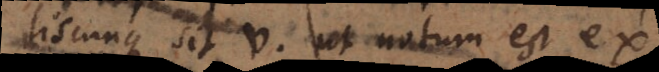
lisqunque sit v ut notum est ex